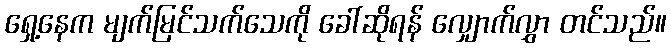
ရှေ့နေက မျက်မြင်သက်သေကို ခေါ်ဆိုရန် လျှောက်လွှာ တင်သည်။